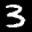
Label: 3